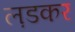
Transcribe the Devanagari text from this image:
ल़डकर